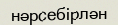
нәрсебірлән